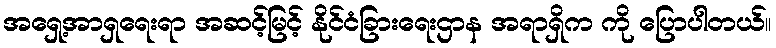
အရှေ့အာရှရေးရာ အဆင့်မြင့် နိုင်ငံခြားရေးဌာန အရာရှိက ကို ပြောပါတယ်။